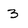
Character: 3